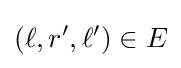
(\ell ,r',\ell ')\in E